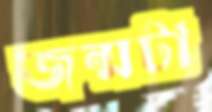
জন্মটা